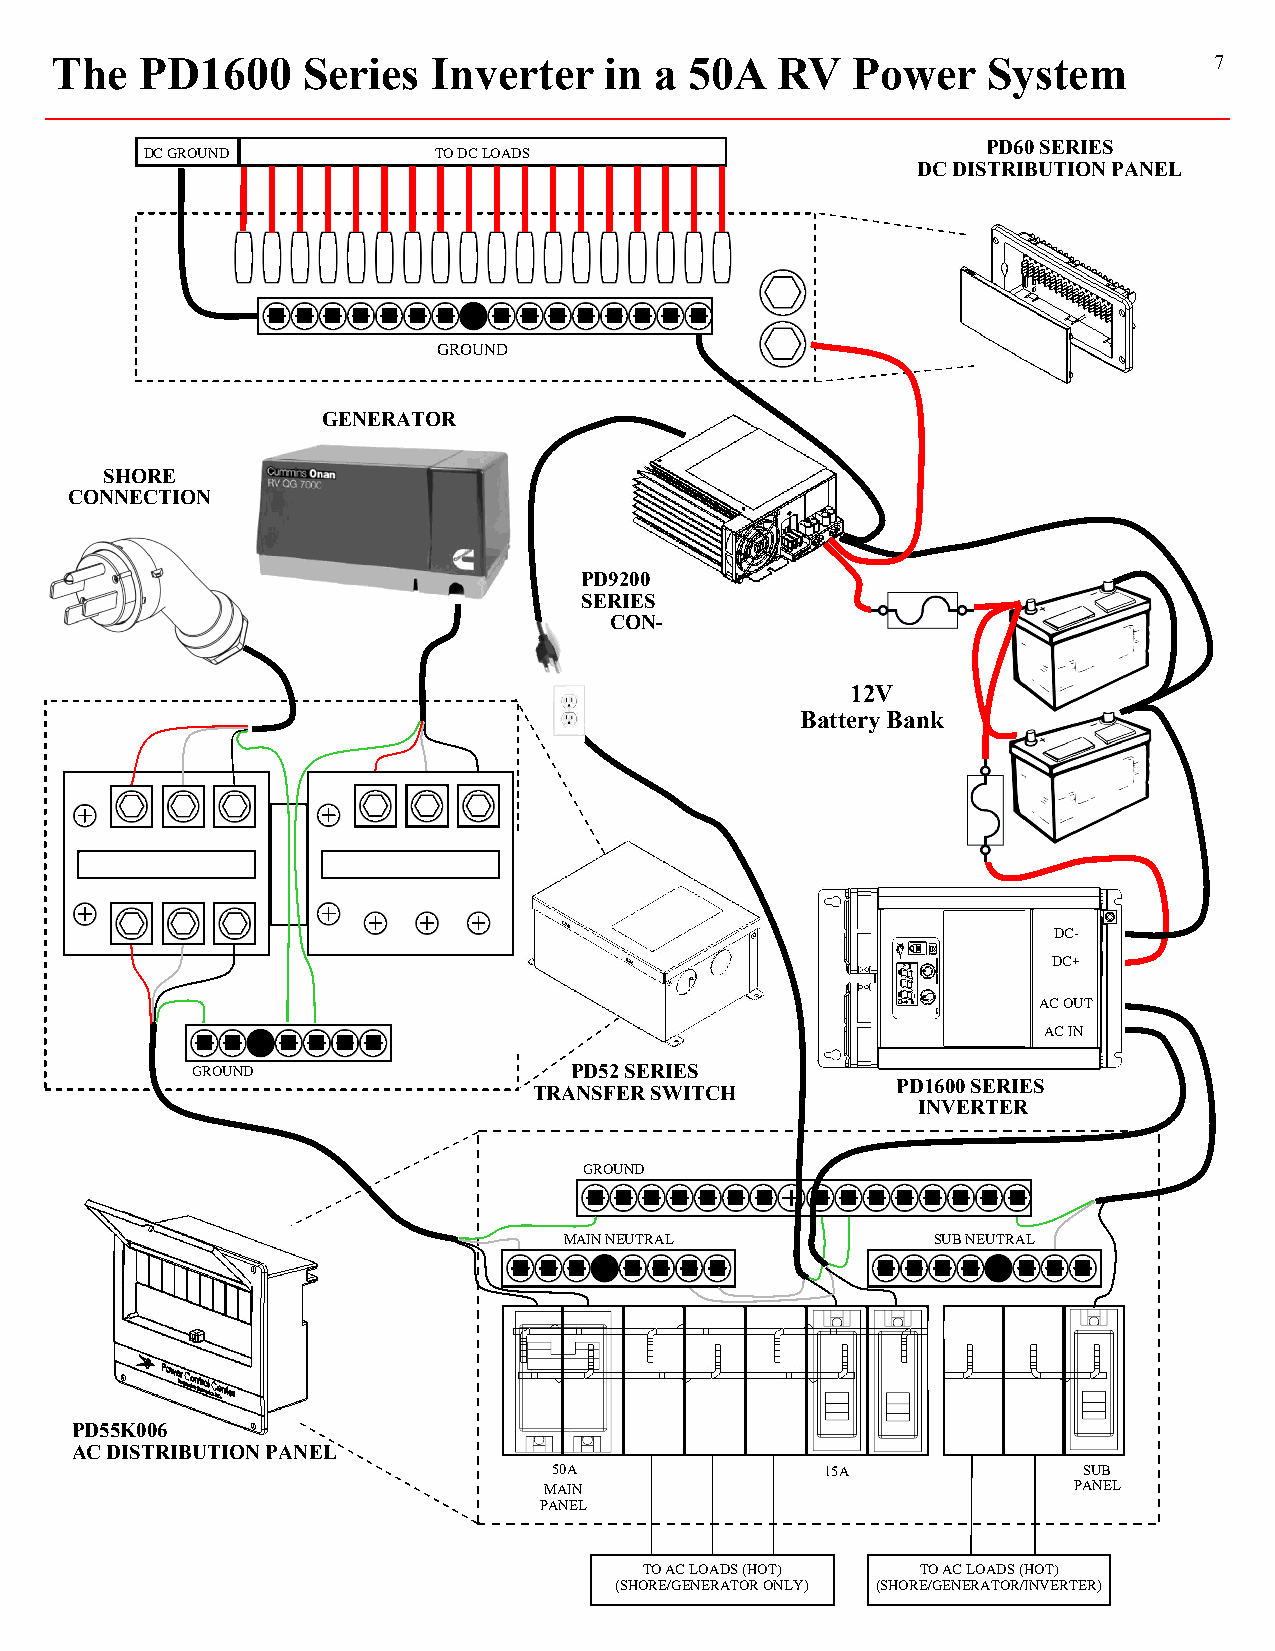
The   PD1600     Series   Inverter   in a  50A  RV   Power    System         7
 PD60 SERIES
 DC GROUND          TO DC LOADS
 DC DISTRIBUTION PANEL
 GROUND
 GENERATOR
 SHORE
 CONNECTION
 PD9200
 SERIES
 CON-
 12V
 Battery Bank
 DC-
 DC+
 AC OUT
 AC IN
 GROUND                   PD52 SERIES
 PD1600 SERIES
 TRANSFER SWITCH
 INVERTER
 GROUND
 MAIN NEUTRAL             SUB NEUTRAL
 PD55K006
 AC DISTRIBUTION PANEL
 50A               15A              SUB
 MAIN                               PANEL
 PANEL
 TO AC LOADS (HOT) TO AC LOADS (HOT)
 (SHORE/GENERATOR ONLY) (SHORE/GENERATOR/INVERTER)